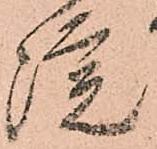
院